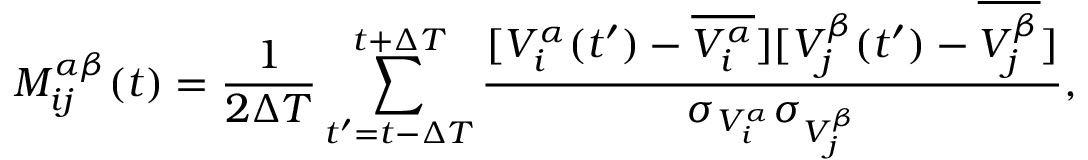
M _ { i j } ^ { \alpha \beta } ( t ) = \frac { 1 } { 2 \Delta T } \sum _ { t ^ { \prime } = t - \Delta T } ^ { t + \Delta T } \frac { [ V _ { i } ^ { \alpha } ( t ^ { \prime } ) - \overline { { V _ { i } ^ { \alpha } } } ] [ V _ { j } ^ { \beta } ( t ^ { \prime } ) - \overline { { V _ { j } ^ { \beta } } } ] } { \sigma _ { V _ { i } ^ { \alpha } } \sigma _ { V _ { j } ^ { \beta } } } ,